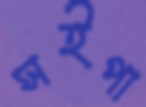
সইপা